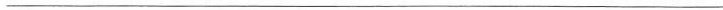
___